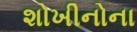
શોખીનોના